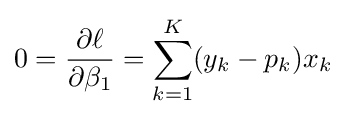
0={\frac {\partial \ell }{\partial \beta _{1}}}=\sum _{k=1}^{K}(y_{k}-p_{k})x_{k}